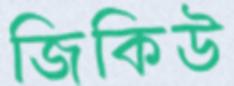
জিকিউ